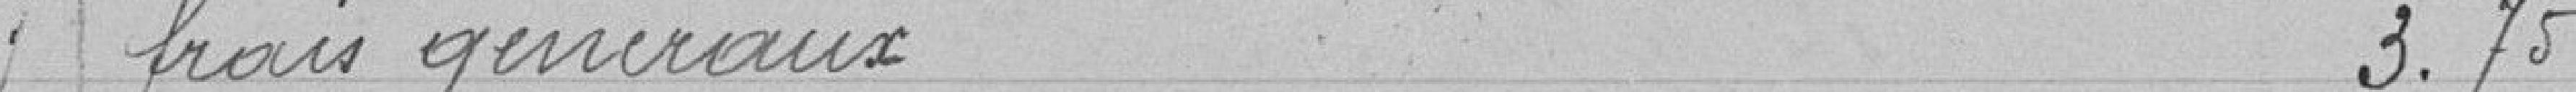
frais généraux 3.75